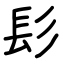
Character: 髟